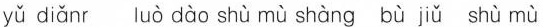
yǔ diǎnr luò dào shù mù shàng bù jǔ shù mù